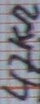
Text: 47KΩ